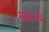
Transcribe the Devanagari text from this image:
स्वतःचे